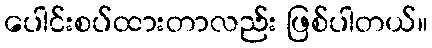
ပေါင်းစပ်ထားတာလည်း ဖြစ်ပါတယ်။